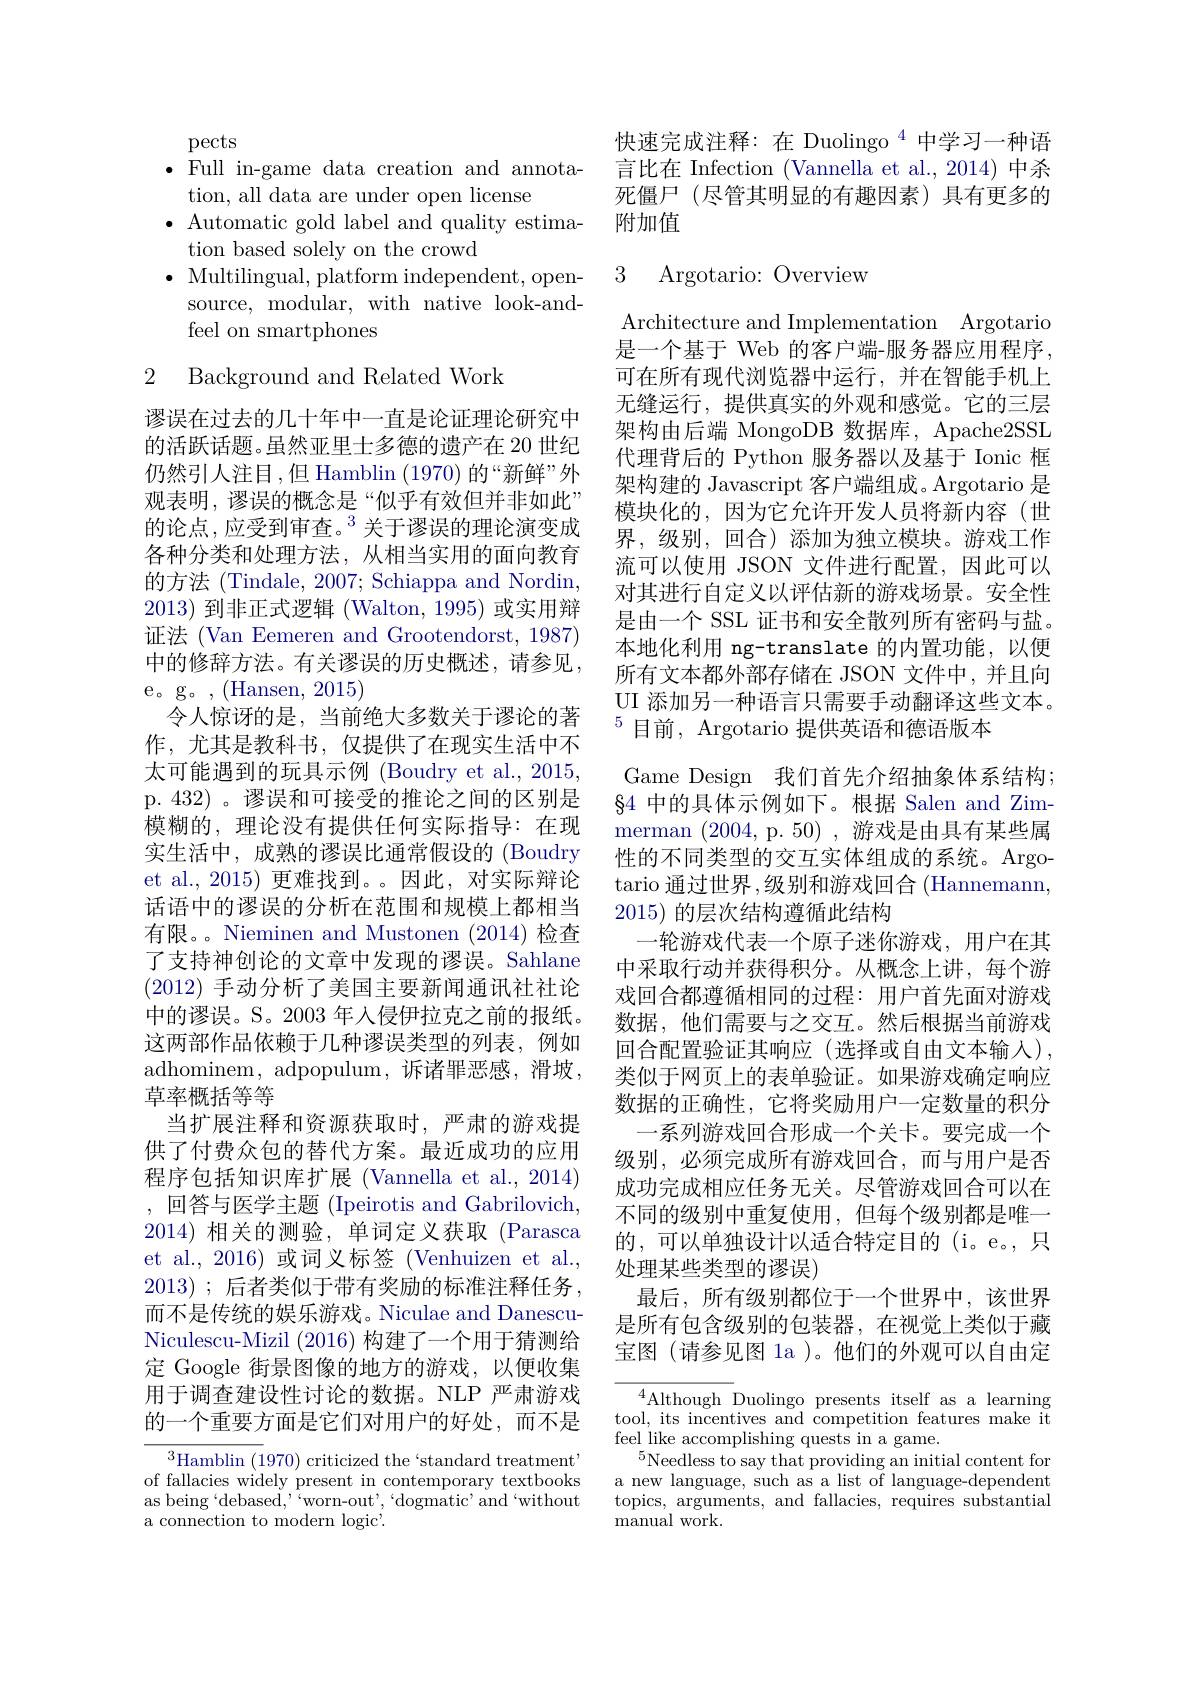
pects
$\bullet$ Full in-game data creation and annota-
tion, all data are under open license
$\bullet$ Automatic gold label and quality estima-
tion based solely on the crowd
$\bullet$ Multilingual, platform independent, open-
source, modular, with native look-and-
feel on smartphones

## 2 Background and Related Work

谬误在过去的几十年中一直是论证理论研究中的活跃话题。虽然亚里士多德的遗产在 20 世纪仍然引人注目，但 Hamblin (1970) 的“新鲜”外观表明，谬误的概念是“似乎有效但并非如此” 的论点，应受到审查。$^3$关于谬误的理论演变成各种分类和处理方法，从相当实用的面向教育的方法(Tindale,2007; Schiappa and Nordin, 2013)到非正式逻辑 (Walton, 1995)或实用辩证法 (Van Eemeren and Grootendorst, 1987) 中的修辞方法。有关谬误的历史概述，请参见e。g。,(Hansen,2015)
令人惊讶的是，当前绝大多数关于谬论的著作，尤其是教科书，仅提供了在现实生活中不太可能遇到的玩具示例 (Boudry et al., 2015, p. 432)。谬误和可接受的推论之间的区别是模糊的，理论没有提供任何实际指导：在现实生活中，成熟的谬误比通常假设的 (Boudry et al.,2015) 更难找到。。因此，对实际辩论话语中的谬误的分析在范围和规模上都相当有限。。Nieminen and Mustonen (2014)检查了支持神创论的文章中发现的谬误。Sahlane (2012) 手动分析了美国主要新闻通讯社社论中的谬误。S。2003 年入侵伊拉克之前的报纸。这两部作品依赖于几种谬误类型的列表，例如adhominem, adpopulum, 诉诸罪恶感，滑坡， 草率概括等等
当扩展注释和资源获取时，严肃的游戏提供了付费众包的替代方案。最近成功的应用程序包括知识库扩展 (Vannella et al., 2014) ,回答与医学主题 (Ipeirotis and Gabrilovich, 2014)相关的测验，单词定义获取(Parasca et al., 2016) 或词义标签 (Venhuizen et al., 2013) ;后者类似于带有奖励的标准注释任务而不是传统的娱乐游戏。Niculae and DanescuNiculescu-Mizil (2016)构建了一个用于猜测给定 Google 街景图像的地方的游戏，以便收集用于调查建设性讨论的数据。NLP 严肃游戏的一个重要方面是它们对用户的好处，而不是
$^3$Hamblin (1970) criticized the‘standard treatment" of fallacies widely present in contemporary textbooks

as being‘debased,’'worn-out’,‘dogmatic’and‘without
a connection to modern logic'.

快速完成注释：在 Duolingo $^{4}$中学习一种语言比在 Infection (Vannella et al.,2014)中杀死僵尸(尽管其明显的有趣因素)具有更多的附加值

## 3 Argotario: Overview

Architecture and Implementation Argotario 是一个基于 Web 的客户端-服务器应用程序可在所有现代浏览器中运行，并在智能手机上无缝运行，提供真实的外观和感觉。它的三层架构由后端 MongoDB 数据库，Apache2SSL 代理背后的 Python 服务器以及基于 Ionic 框架构建的 Javascript 客户端组成。Argotario 是模块化的，因为它允许开发人员将新内容(世界，级别，回合)添加为独立模块。游戏工作流可以使用 JSON 文件进行配置，因此可以对其进行自定义以评估新的游戏场景。安全性是由一个 SSL 证书和安全散列所有密码与盐。本地化利用 ng-translate 的内置功能，以便所有文本都外部存储在 JSON 文件中，并且向UI 添加另一种语言只需要手动翻译这些文本。$^{5}$目前，Argotario 提供英语和德语版本
Game Design 我们首先介绍抽象体系结构； $\S4$中的具体示例如下。根据 Salen and Zimmerman (2004,p.50),游戏是由具有某些属性的不同类型的交互实体组成的系统。Argotario 通过世界 ,级别和游戏回合 (Hannemann, 2015)的层次结构遵循此结构
一轮游戏代表一个原子迷你游戏，用户在其中采取行动并获得积分。从概念上讲，每个游戏回合都遵循相同的过程：用户首先面对游戏数据，他们需要与之交互。然后根据当前游戏回合配置验证其响应(选择或自由文本输人), 类似于网页上的表单验证。如果游戏确定响应数据的正确性，它将奖励用户一定数量的积分
一系列游戏回合形成一个关卡。要完成一个级别，必须完成所有游戏回合，而与用户是否成功完成相应任务无关。尽管游戏回合可以在不同的级别中重复使用，但每个级别都是唯一的，可以单独设计以适合特定目的(i。e。,只处理某些类型的谬误)
最后，所有级别都位于一个世界中，该世界是所有包含级别的包装器，在视觉上类似于藏宝图(请参见图 la )。他们的外观可以自由定
${\overline{{^4}\text{Although D}}}$uolingo presents itself as a learning

tool, its incentives and competition features make it
feel like accomplishing quests in a game.
$^{5}$Needless to say that providing an initial content for a new language, such as a list of language-dependent topics, arguments, and fallacies, requires substantial ${\mathrm{manual~work.}}$